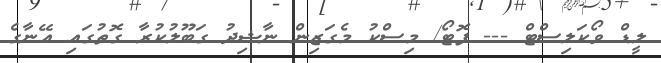
ލީޑް ވޯކަލިސްޓް --- ފޮޓޯ/ މިސްކު މެގަޒިން ނާޝިދު ގަބޫލުކުރާ ގޮތުގައި އޭނާގެ